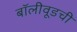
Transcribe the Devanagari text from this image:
बॉलीवूडची